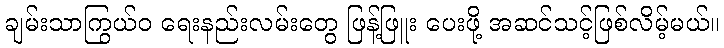
ချမ်းသာကြွယ်ဝ ရေးနည်းလမ်းတွေ ဖြန့်ဖြူး ပေးဖို့ အဆင်သင့်ဖြစ်လိမ့်မယ်။